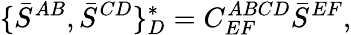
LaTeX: \{ \bar{S}^{AB},\bar{S}^{CD}\} _{D}^{\ast}=C_{EF}^{ABCD}\bar{S}^{EF},